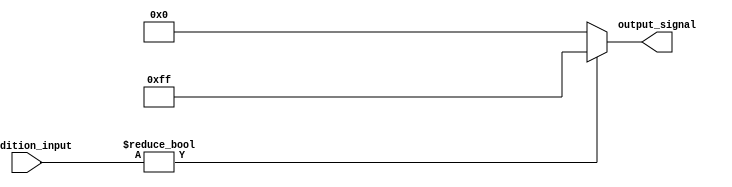
module conditional_operator_assignment (
    input wire [3:0] condition_input,  // Primary input signal (4-bit)
    output reg [7:0] output_signal      // Output signal (8-bit)
);

    always @(*) begin
        // Conditional Operator Assignment
        output_signal = (condition_input != 0) ? 8'hFF : 8'h00; // Assign 255 if true, otherwise 0
    end

endmodule